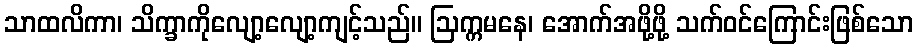
သာထလိကာ၊ သိက္ခာကိုလျော့လျော့ကျင့်သည်။ ဩက္ကမနေ၊ အောက်အဖို့ဖို့ သက်ဝင်ကြောင်းဖြစ်သော